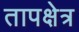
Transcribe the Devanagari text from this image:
तापक्षेत्र